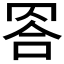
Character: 𦊭